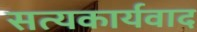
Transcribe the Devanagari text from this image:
सत्यकार्यवाद